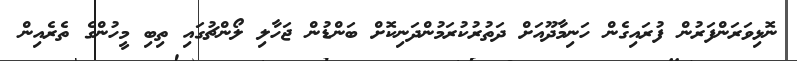
ނޮޅިވަރަންފަރުން ފުރައިގެން ހަނިމާދޫއަށް ދަތުރުކުރަމުންދަނިކޮށް ބަންޑުން ޖަހާލި ލޯންޗުގައި ތިބި މީހުންގެ ތެރެއިން